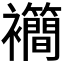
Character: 𫌙